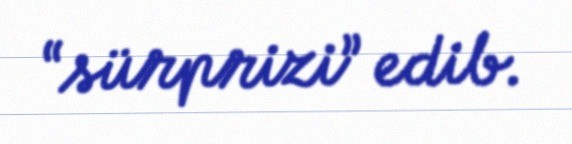
“sürprizi” edib.